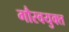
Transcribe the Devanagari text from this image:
गौरवयुक्त